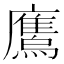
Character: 𫠕